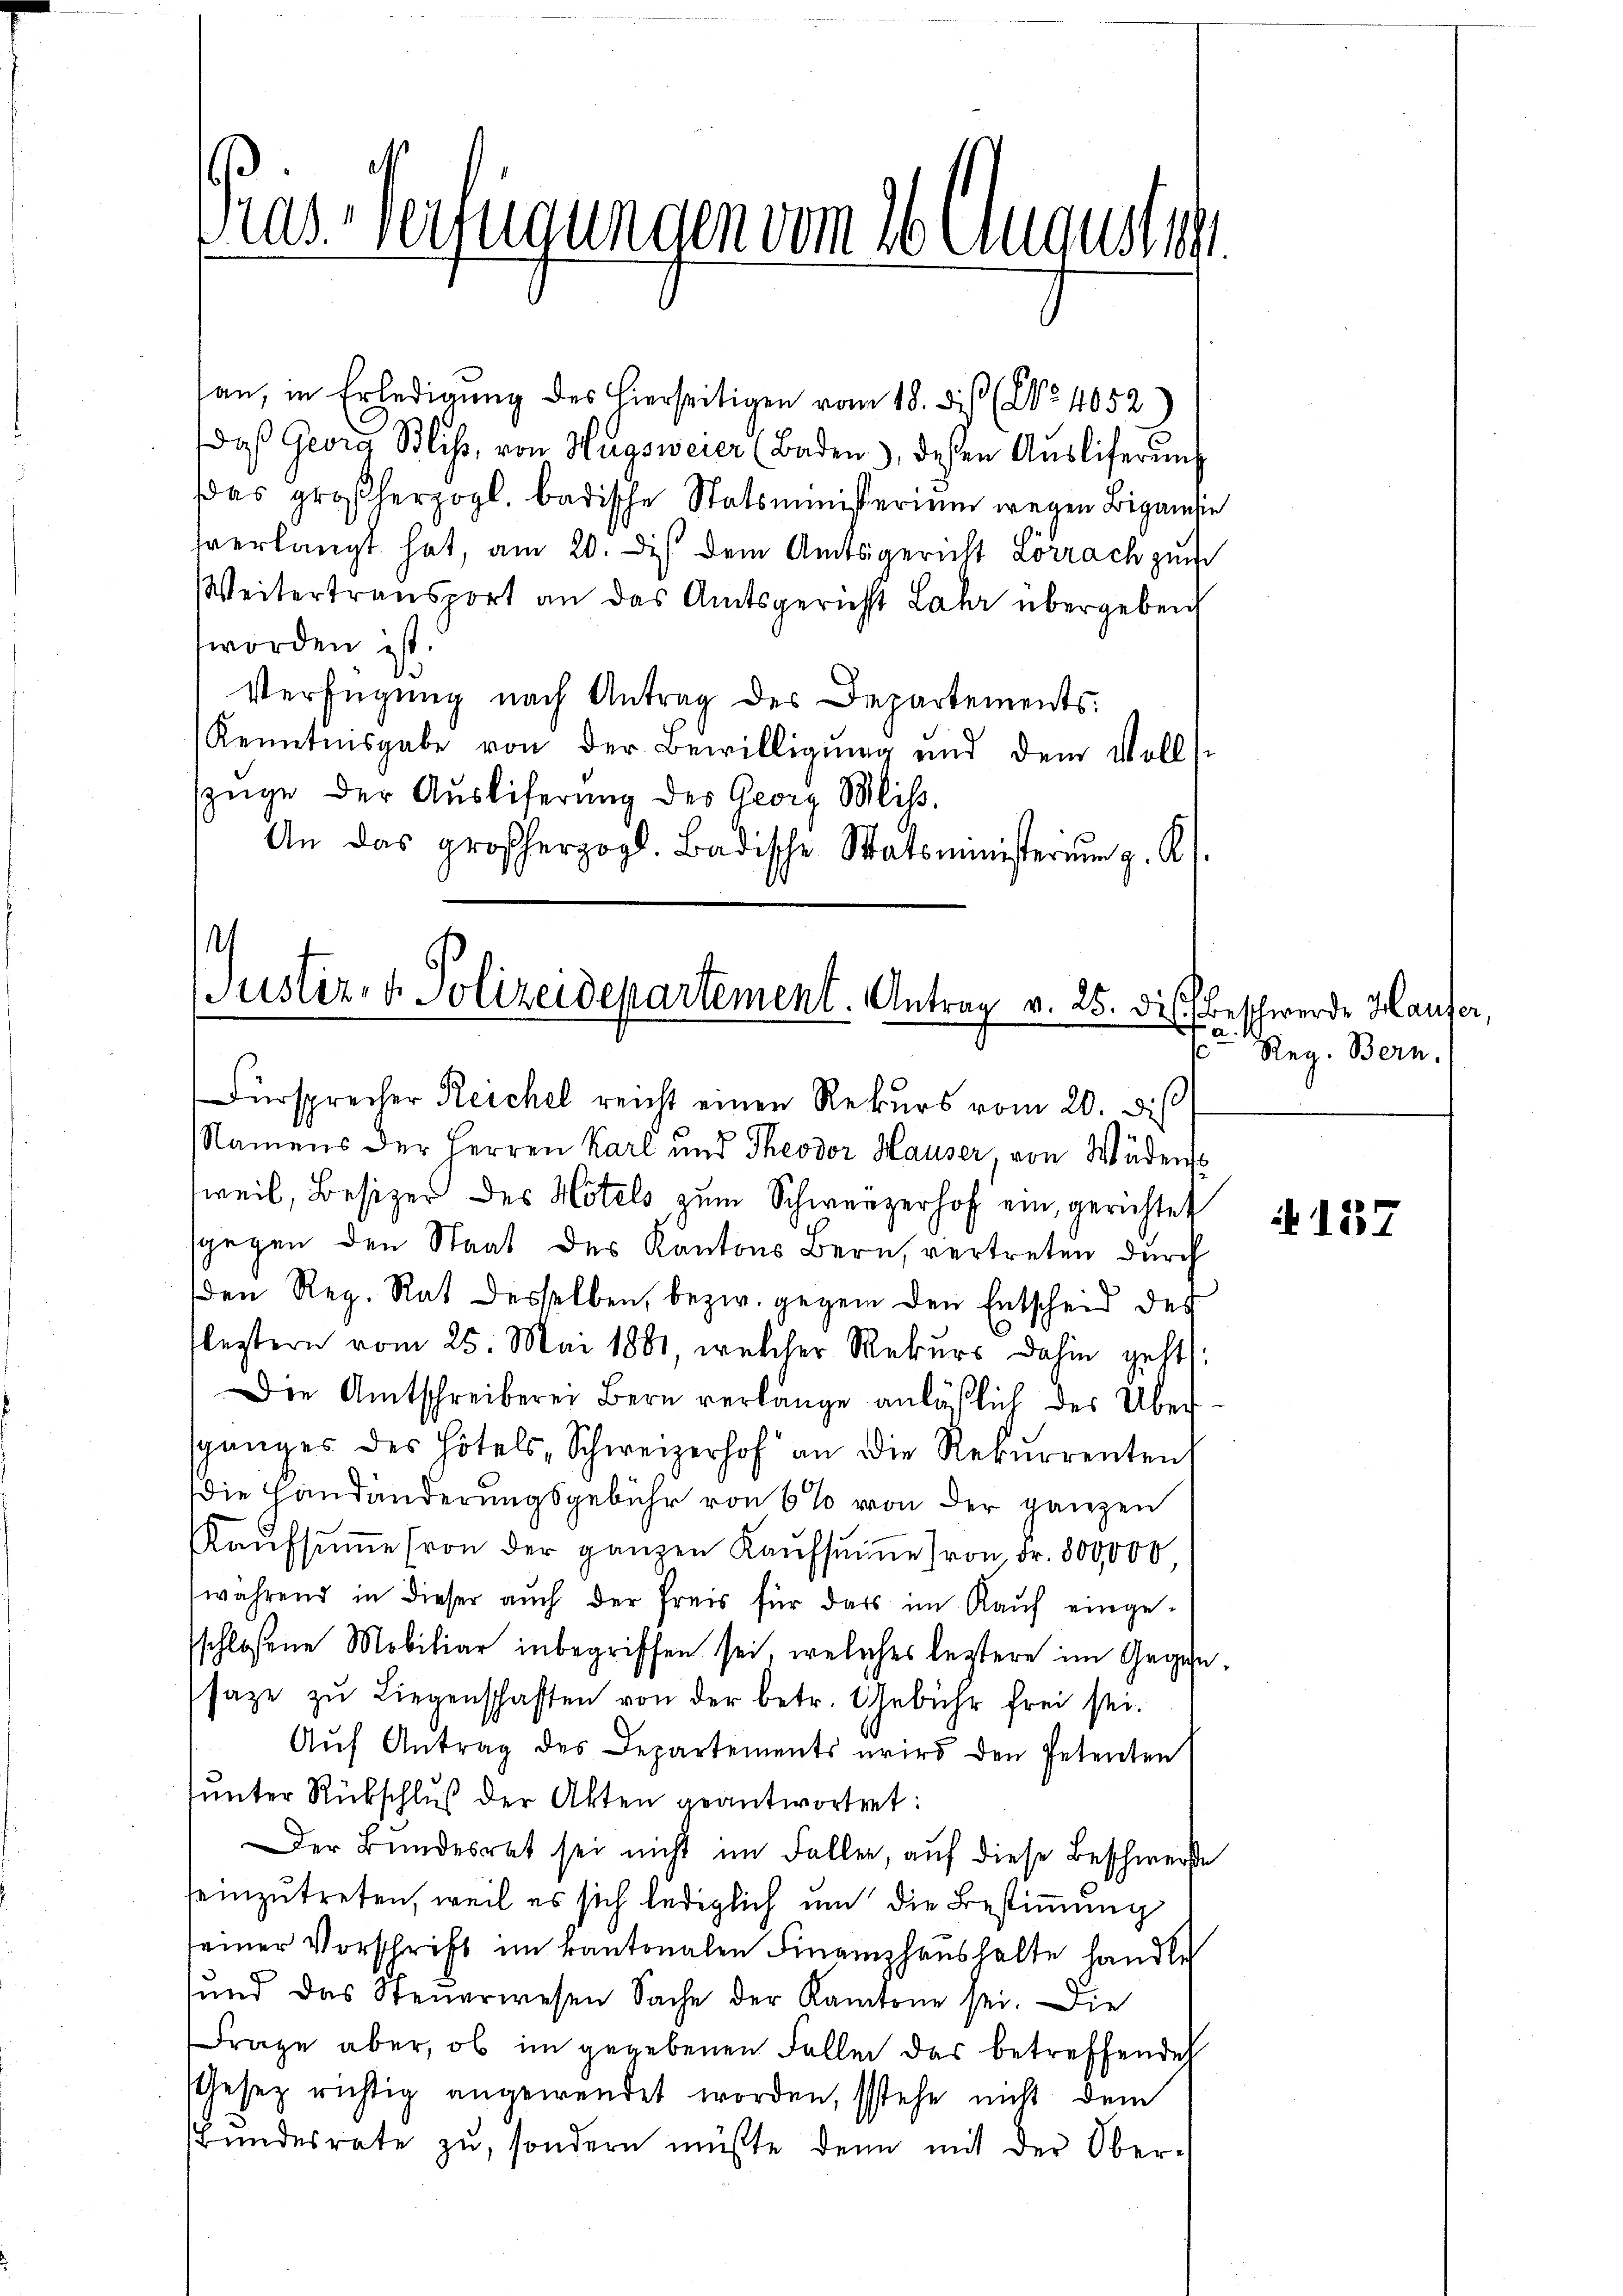
Pras Verfügungen vom 16. Auguste

an, in Erledigung des hierseitigen vom 18. diß (No 4052)
daβ Georg Blis, von Wagsweier (Baden), dessen Aŭsliferŭng
das großherzogl. badische Statsministerium wegen Bigamsie
hverlangt hat, am 20. des dem Amtsgericht Lörrach zum
Weitertransport an das Amtsgericht Lahr übergeben
worden ist.
Verfügung nach Antrag des Departements.
Kenntnisgabe von der Bewilligung und dem Vollst
szüge der Auslieferung des Georg Mliß.
An das großherzogl. Badische Statsministerŭm z. R.

¬
Justiz- & Polizeidepartement. Antrag v. 25. diese Beschwerde Hauser,
Fürsprecher Reichel reicht einen Rekurs vom 20. dis

Namens der Herren Karl und Theodor Hauser, von Wädens
weil, Besizer des Hotels zum Schweizerhof ein, gerichtet
sgegen den Staat des Kantons Bern, vertreten durch
den Reg. Rat desselben, bezw. gegen den Entscheid des
lestern vom 25. Mai 1881, welcher Rekurs dahin geht:
Die Amtschreiberei Bern verlänge anläßlich der Übersganges des Hotels, Schweizerhof an die Rekurrenten
Die Handänderungsgebühr von 6% von der ganzen
Kaŭfsŭṁe (von der ganzen Kaŭfsŭṁe von Fr. 800,000,
während in dieser auch der Preis für dass im Kauf einge-
sschlossene Mobiliar inbegriffen sei, welches leztere im Gegen-
saze zŭ Liegenschaften von der betr. Gebühr frei sei.
Aŭf Antrag des Departements wird den Petenten
ŭnter Rückschlŭβ der Akten geantwortet:
Der Bundesrat sei nicht im Faller, auf diese Beschwerde
seinzutreten, weil es sich lediglich um die Bestimmung
seiner Vorschrift im kantonalen Finanzhaushalte handle
sund das Steuerwesen Sache der Kantone sei. Die
Frage aber, ob im gegebenen Fallen das betreffenden
Gesetz richtig angewendet worden, stehe nicht dem
Bundesrate zu, sondern müßte denn mit der Ober-

f
Reg. Bern.

157